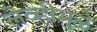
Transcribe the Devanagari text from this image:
लेव्हीमुळे